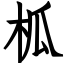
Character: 柧